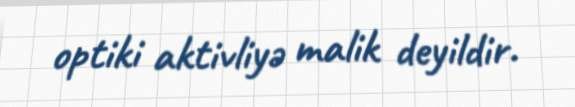
optiki aktivliyə malik deyildir.